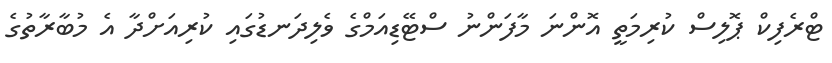
ޓްރެފިކް ޕޮލިސް ކުރިމަތީ އޮންނަ މާފަންނު ސްޓޭޑިއަމްގެ ވެލިދަނޑުގައި ކުރިއަށްދާ އެ މުބާރާތުގެ